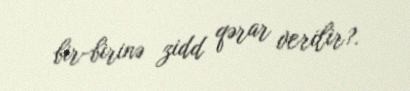
bir-birinə zidd qərar verilir?.